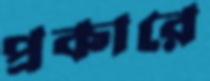
প্রকারে